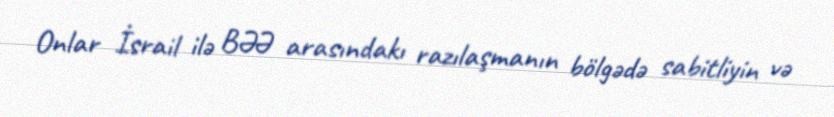
Onlar İsrail ilə BƏƏ arasındakı razılaşmanın bölgədə sabitliyin və